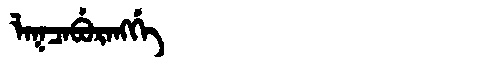
Manchu: ᠯᠠᡴᠴᠠᠪᡠᡵᠠᠩᡤᡝ
Romanization: LAKCABURANGGE